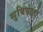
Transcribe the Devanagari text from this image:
सुबियांतो